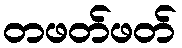
တဖတ်ဖတ်